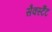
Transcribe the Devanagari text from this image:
सैक्स्टैंट